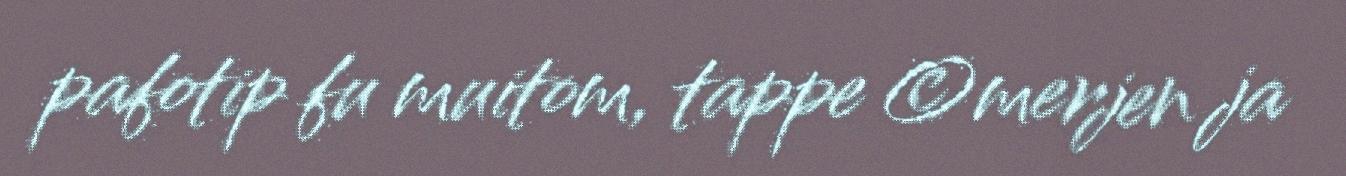
pafotip fu muitom, tappe ©merjen ja